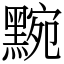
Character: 黦